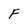
Character: F